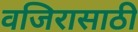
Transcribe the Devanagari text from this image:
वजिरासाठी